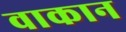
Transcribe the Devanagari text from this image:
वाकान